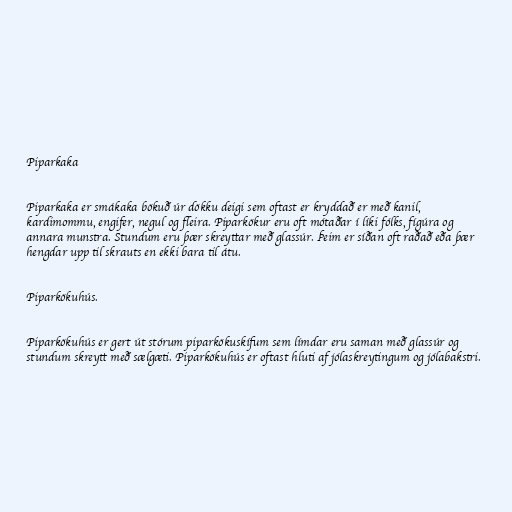
Piparkaka

Piparkaka er smákaka bökuð úr dökku deigi sem oftast er kryddað er með kanil,
kardimommu, engifer, negul og fleira. Piparkökur eru oft mótaðar í líki fólks, fígúra og
annara munstra. Stundum eru þær skreyttar með glassúr. Þeim er síðan oft raðað eða þær
hengdar upp til skrauts en ekki bara til átu.

Piparkökuhús.

Piparkökuhús er gert út stórum piparkökuskífum sem límdar eru saman með glassúr og
stundum skreytt með sælgæti. Piparkökuhús er oftast hluti af jólaskreytingum og jólabakstri.